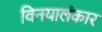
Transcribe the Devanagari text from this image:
विनयालंकार